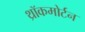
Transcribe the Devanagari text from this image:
थ्रॉकमोर्टन